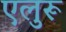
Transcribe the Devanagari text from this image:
एलुरू